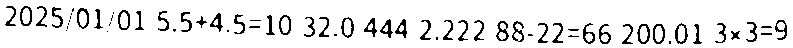
2025/01/01 5.5+4.5=10 32.0 444 2.222 88-22=66 200.01 3×3=9